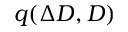
q ( \Delta D , D )